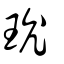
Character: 玧